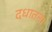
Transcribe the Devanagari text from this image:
दधातन।